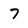
Character: 7